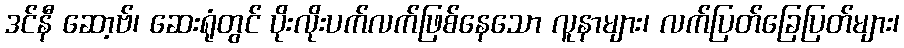
ဒင်နီ ဆော့ဗ်၊ ဆေးရုံတွင် ပိုးလိုးပက်လက်ဖြစ်နေသော လူနာများ၊ လက်ပြတ်ခြေပြတ်များ၊